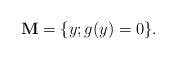
LaTeX: \begin{align*} \textbf{M}= \{y ; g(y) = 0\}.\end{align*}